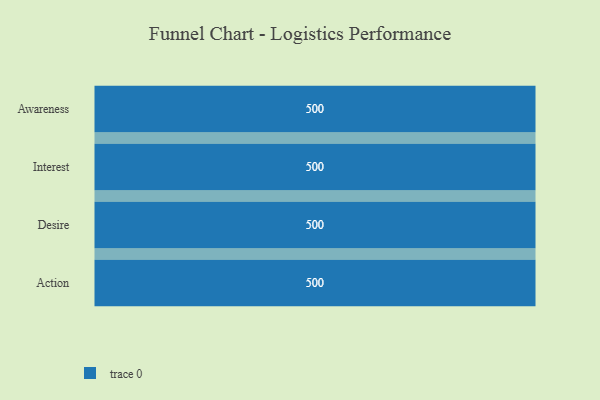
{"axis": {"x": "Stage", "y": "Value"}, "legend": [""], "data": [{"x": "Awareness", "y": 500, "type": ""}, {"x": "Interest", "y": 500, "type": ""}, {"x": "Desire", "y": 500, "type": ""}, {"x": "Action", "y": 500, "type": ""}]}